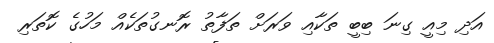
އަދި މިއީ ގިނަ ބިބީ ތަކާއި ވަރަށް ތަފާތު ރޮނގުތަކެއް މަހުގެ ކޮތަރި